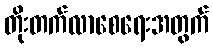
တိုးတက်လာစေရေးအတွက်